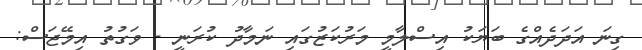
ގިނަ އަދަދެއްގެ ބަޔަކު އިސްލާމީ މަރުކަޒުގައި ނަމާދު ކުރަނީ - ވަގުތު އިމޭޖަސް: